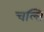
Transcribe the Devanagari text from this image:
चल्ति